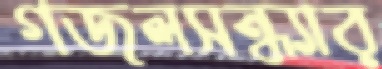
গজলসন্ধ্যার